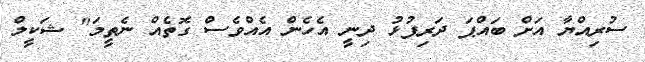
ސުރިއްޔާ އަށް ބައްޕަ ދަރިފުޅު ދިނީ އެހެން އެއްވެސް ގޮތެއް ނެތީމަ" ޝަކީލް